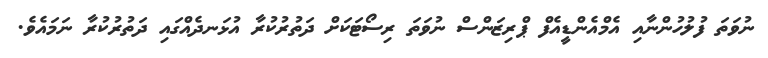
ނުވަތަ ފުލުހުންނާއި އެމްއެންޑީއެފް ޕްރިޒަންސް ނުވަތަ ރިސޯޓަކަށް ދަތުރުކުރާ އުޅަނދެއްގައި ދަތުރުކުރާ ނަމައެވެ.